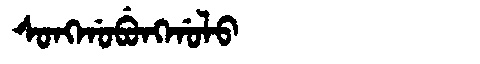
Manchu: ᠰᠣᠩᡤᠣᠪᡠᠩᡤᠣᠯᠣ
Romanization: SONGGOBUNGGOLO